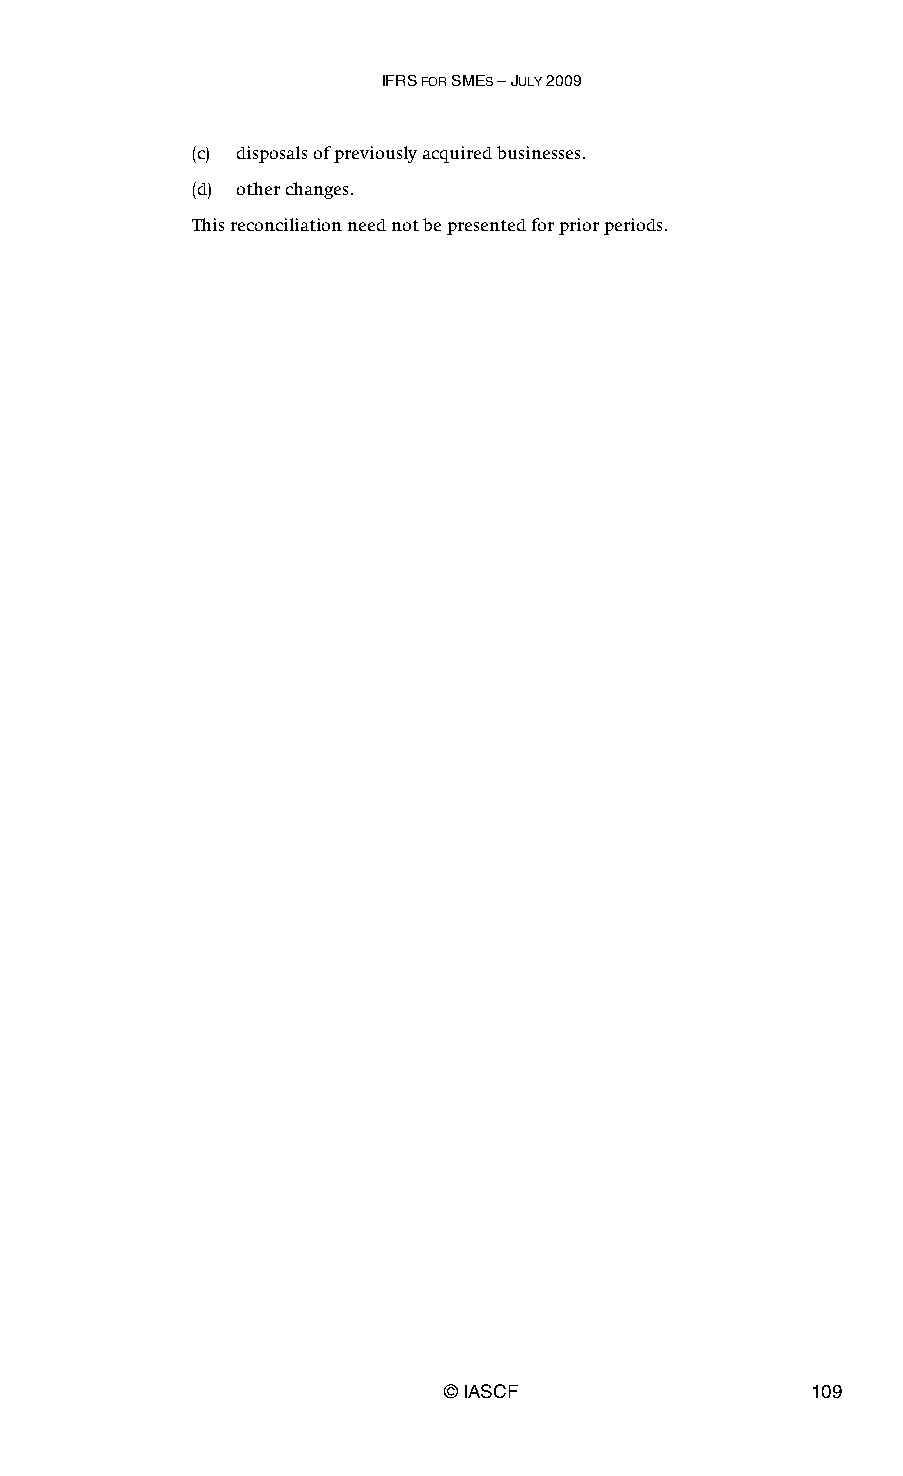
IFRS FOR SMES – JULY 2009
 (c) disposals of previously acquired businesses.
 (d) other changes.
 This reconciliation need not be presented for prior periods.
 © IASCF                 109